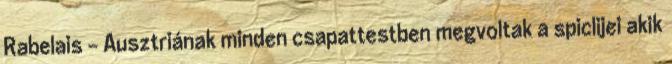
Rabelais - Ausztriának minden csapattestben megvoltak a spiclijei akik